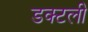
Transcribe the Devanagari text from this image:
डक्टली